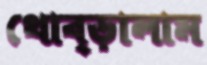
থোব্‌ড়ালাম